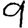
Digit: 9